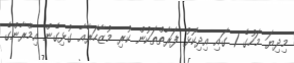
މިދިޔަ މަހުގެ 1 ގައި އިދިކޮޅު ފަރާތްތަކުން ކުރި މުޒާހަރާއާ ގުޅިގެން އިމްރާންގެ